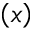
\left( x \right)